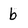
Character: b